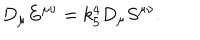
LaTeX: D _ { \mu } E ^ { \mu \nu } = k _ { 5 } ^ { 4 } D _ { \mu } S ^ { \mu \nu } .